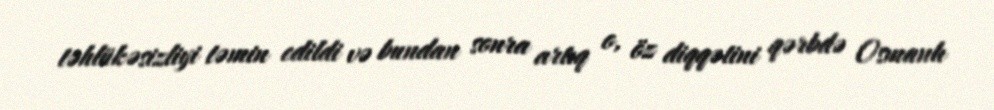
təhlükəsizliyi təmin edildi və bundan sonra artıq o, öz diqqətini qərbdə Osmanlı